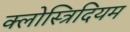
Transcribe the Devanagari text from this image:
क्लोस्त्रिदियम